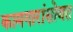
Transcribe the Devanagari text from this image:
कामगारांसोबत